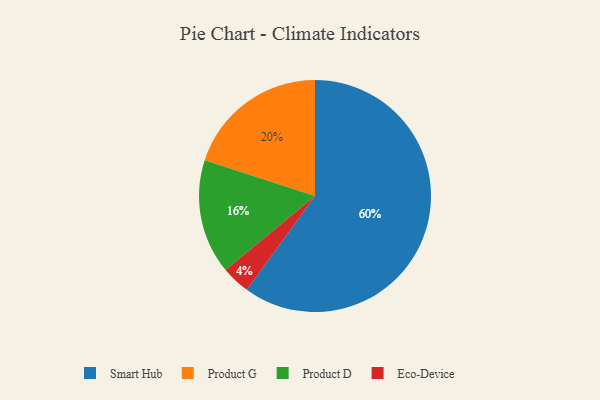
{"axis": {"x": "Category", "y": "Percentage"}, "legend": ["Eco-Device", "Product D", "Product G", "Smart Hub"], "data": [{"x": "Eco-Device", "y": 4, "type": "Eco-Device"}, {"x": "Product D", "y": 16, "type": "Product D"}, {"x": "Product G", "y": 20, "type": "Product G"}, {"x": "Smart Hub", "y": 60, "type": "Smart Hub"}]}